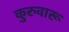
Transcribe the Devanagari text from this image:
कुरुवारू